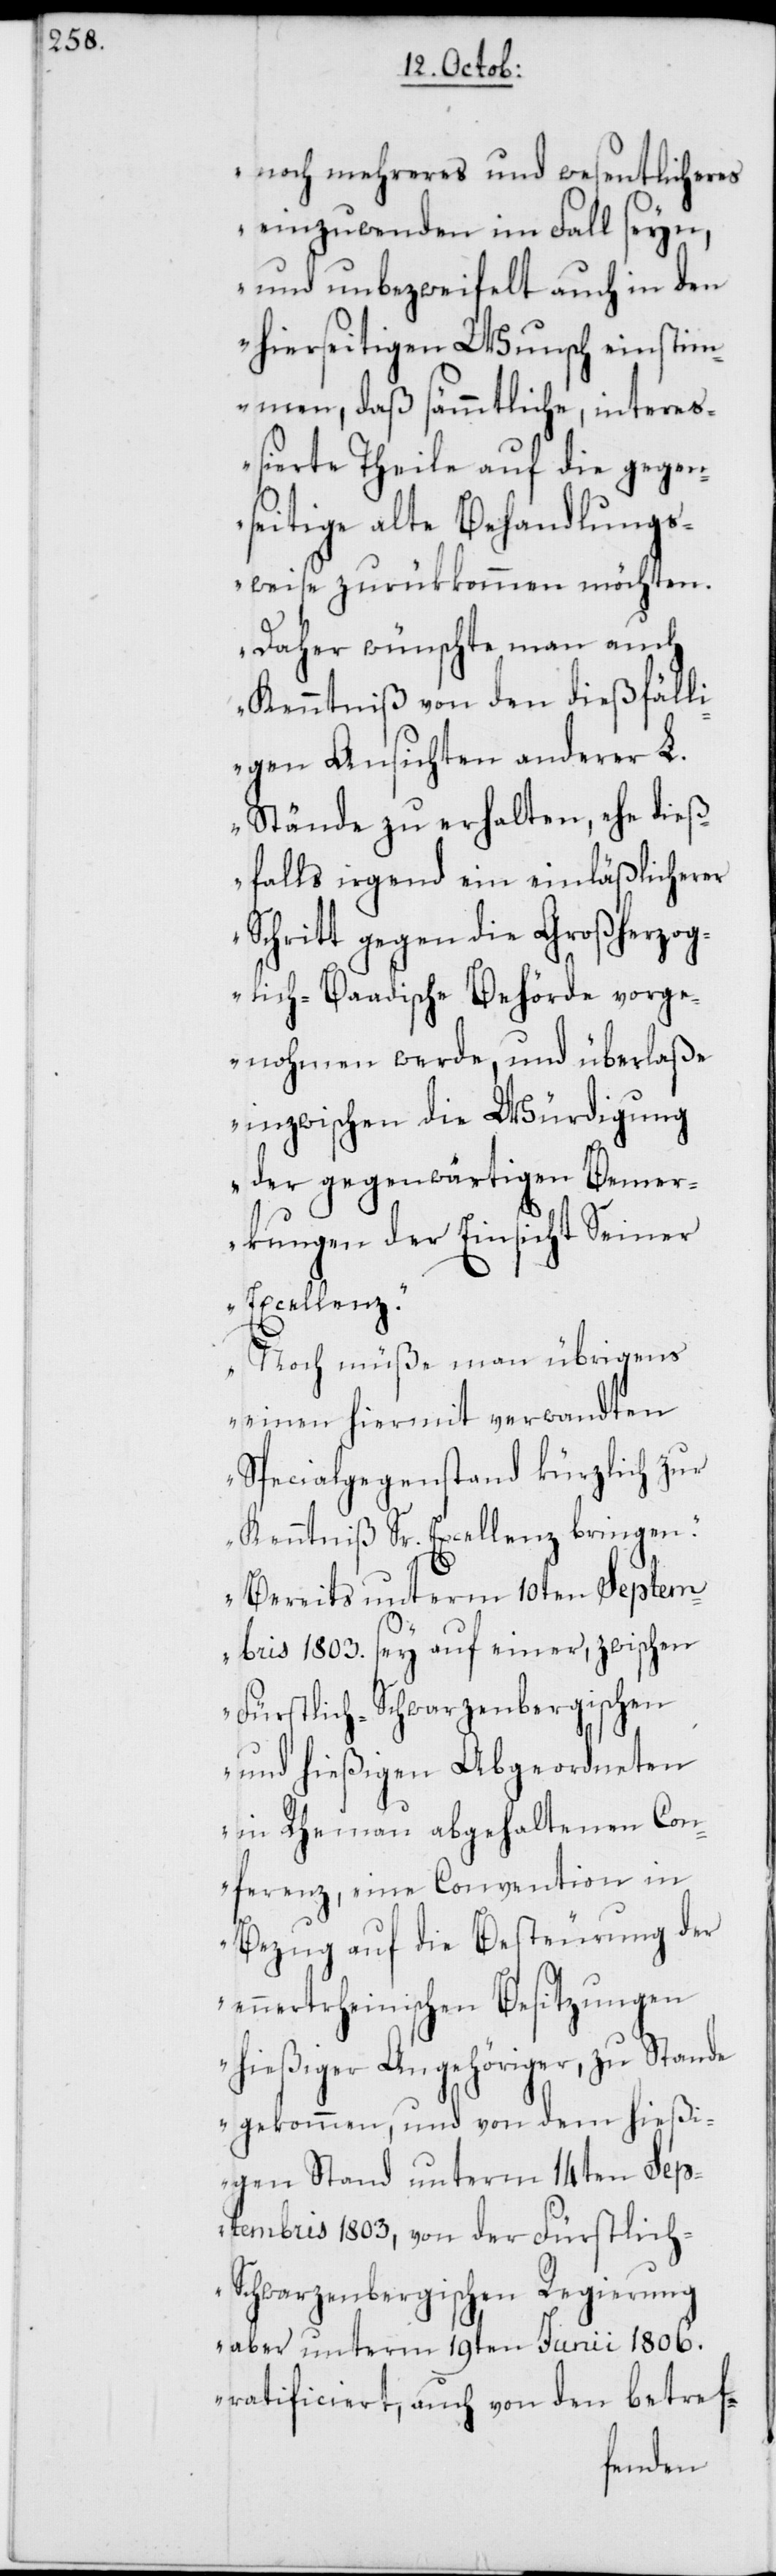
noch mehreres und wesentlicheres
einzuwenden im Fall seyn,
und unbezweifelt auch in den
hierseitigen Wunsch einstim¬
men, daß sämmtliche, inter¬
eßierte Theile auf die gegen¬
seitige alte Behandlungs¬
weise zurükkommen möchten.
Daher wünschte man auch
Kenntniß von den dießfälli¬
gen Ansichten anderer L.
Stände zu erhalten, ehe dieß¬
falls irgend ein einläßlicherer
Schritt gegen die Großherzog¬
lich-Baadische Behörde vorge¬
nohmen werde, und überlaße
inzwischen die Würdigung
der gegenwärtigen Bemer¬
kungen der Einsicht Seiner
Excellenz.
Noch müße man übrigens
einen hiermit verwandten
Specialgegenstand kürzlich zur
Kenntniß Sr. Excellenz bringen.
Bereits unterm 10ten Septem¬
bris 1803. sey auf einer, zwischen
Fürstlich-Schwarzenbergischen
und hießigen Abgeordneten
in Rheinau abgehaltenen Con¬
ferenz, eine Convention in
Bezug auf die Besteurung der
ennertrheinischen Besitzungen
hießiger Angehöriger, zu Stande
gekommen, und von dem hießi¬
gen Stand unterm 14ten Sep¬
tembris 1803, von der Fürstlich-S¬
chwarzenbergischen Regierung
aber unterm 19ten Junii 1806.
ratificiert, auch von den betref-